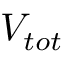
V _ { t o t }